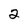
Character: 2